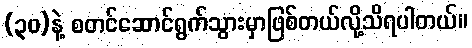
(၃၀)နဲ့ စတင်ဆောင်ရွက်သွားမှာဖြစ်တယ်လို့သိရပါတယ်။